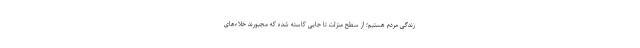
زندگی مردم هستیم؛ از سطح منزلت تا جایی کاسته شده که مجبورند خلاءهای